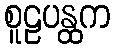
စူဠပန္ထက